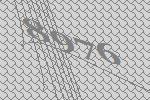
8976